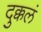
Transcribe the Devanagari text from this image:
दुक्कलं